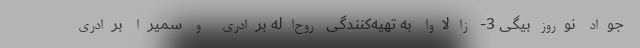
جواد نوروزبیگی 3- زالاوا به تهیه‌کنندگی روح‌اله برادری و سمیرا برادری